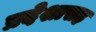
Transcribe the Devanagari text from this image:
प्रदेशासह